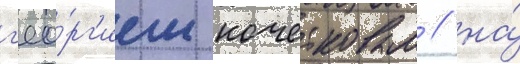
г'ео́рг'ием кочетковым / на́